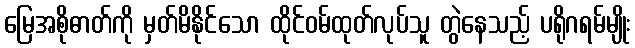
မြေအစိုဓာတ်ကို မှတ်မိနိုင်သော ထိုင်ဝမ်ထုတ်လုပ်သူ တွဲနေသည့် ပရိုဂရမ်မျိုး